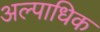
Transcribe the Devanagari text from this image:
अल्पाधिक